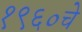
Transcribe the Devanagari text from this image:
१९६०चे